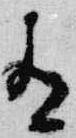
有